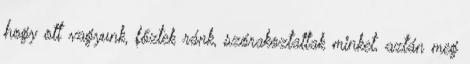
hogy ott vagyunk, főztek ránk, szórakoztattak minket, aztán meg